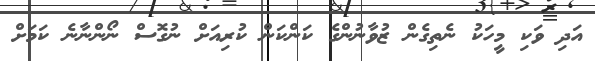
އަދި ވަކި މީހަކު ނެތިގެން ޒުވާނުންގެ ކަންކަން ކުރިއަށް ނުގޮސް ނޯންނާނެ ކަމަށް